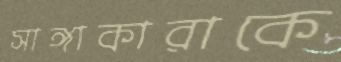
সাঙ্গাকারাকে